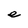
Character: e